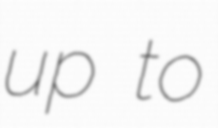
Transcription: up to